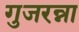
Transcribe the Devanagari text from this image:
गुजरन्ना